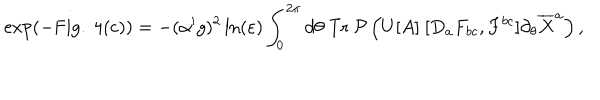
LaTeX: \exp ( - \mathrm { F i g . ~ 4 ( c ) } ) = - ( \alpha ^ { \prime } g ) ^ { 2 } \ln ( \varepsilon ) \int _ { 0 } ^ { 2 \pi } d \theta ~ \mathrm { T r } ~ { \cal P } \left( U [ A ] ~ [ D _ { a } F _ { b c } , F ^ { b c } ] \partial _ { \theta } \overline { { { X } } } ^ { a } \right) ,